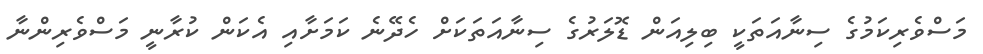
މަސްވެރިކަމުގެ ސިނާއަތަކީ ބިލިއަން ޑޮލަރުގެ ސިނާއަތަކަށް ހެދޭނެ ކަމަށާއި އެކަން ކުރާނީ މަސްވެރިންނާ